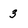
Character: 3